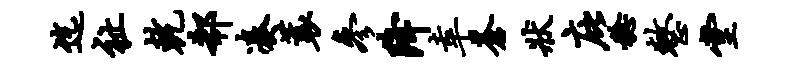
迄祉乾欷凑蓑参降幸苍状庇稔整堂